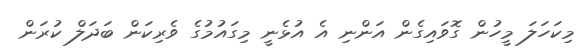
މިކަހަލަ މީހުން ގޮވައިގެން އަންނި އެ އުޅެނީ މިގައުމުގެ ވެރިކަން ބަދަލް ކުރަން